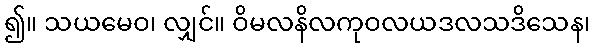
၍။ သယမေဝ၊ လျှင်။ ဝိမလနိလကုဝလယဒလသဒိသေန၊